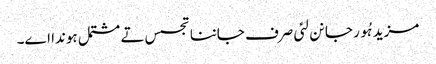
مزید ہُور جانن لئی صرف جاننا تجسس تے مشتمل ہوندا اے۔